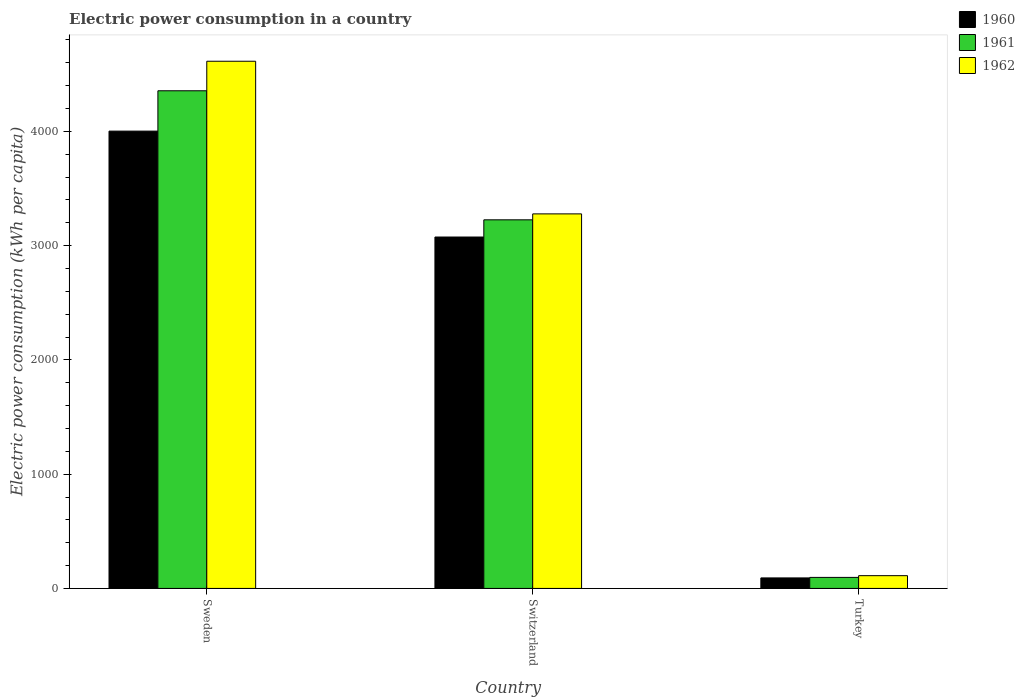
| Country | 1960 | 1961 | 1962 |
 | --- | --- | --- | --- |
 | Sweden | 4e+03 | 4.36e+03 | 4.61e+03 |
 | Switzerland | 3.08e+03 | 3.23e+03 | 3.28e+03 |
 | Turkey | 92 | 96.6 | 112 |